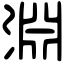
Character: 淵